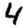
Digit: 4